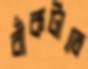
বাঁকটাতে